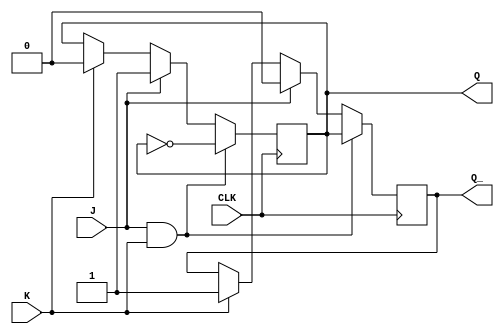
module jk_flipflop(
    input J,
    input K,
    input CLK,
    output reg Q,
    output reg Q_
);

always @(posedge CLK) begin
    if (J && K) begin
        Q <= ~Q;
        Q_ <= Q;
    end else if (J) begin
        Q <= 1'b1;
        Q_ <= 1'b0;
    end else if (K) begin
        Q <= 1'b0;
        Q_ <= 1'b1;
    end
end

endmodule